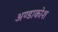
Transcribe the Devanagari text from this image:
अण्डाकोश